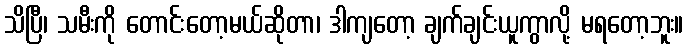
သိပြီ၊ သမီးကို တောင်းတော့မယ်ဆိုတာ၊ ဒါကျတော့ ချက်ချင်းယူကွာလို့ မရတော့ဘူး။